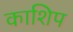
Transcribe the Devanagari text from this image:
काशिप